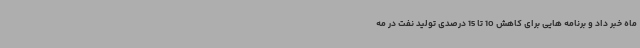
ماه خبر داد و برنامه هایی برای کاهش 10 تا 15 درصدی تولید نفت در مه